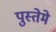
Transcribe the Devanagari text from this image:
पुस्तेमे